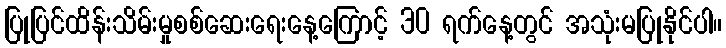
ပြုပြင်ထိန်းသိမ်းမှုစစ်ဆေးရေးနေ့ကြောင့် 30 ရက်နေ့တွင် အသုံးမပြုနိုင်ပါ။